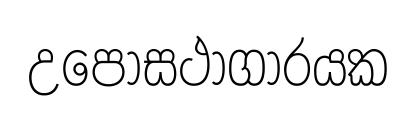
උපොසථාගාරයක